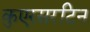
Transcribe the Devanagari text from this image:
कुएरसरटिन